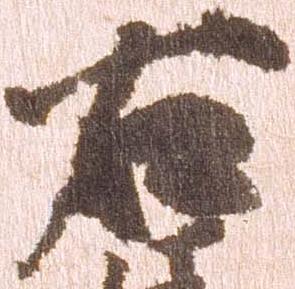
右